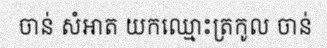
ចាន់ សំអាត យកឈ្មោះត្រកូល ចាន់